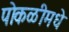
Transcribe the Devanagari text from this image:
पोकळीमधे